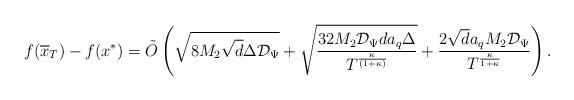
LaTeX: \begin{align*}f(\overline{x}_T) - f(x^*) =\tilde{O}\left( \sqrt{8M_2\sqrt{d}\Delta\mathcal{D}_\Psi} + \sqrt{\frac{32M_2\mathcal{D}_{\Psi}da_{q}\Delta }{T^{\frac{\kappa}{(1+\kappa)}}}} + \frac{2\sqrt{d} a_{q}M_2 \mathcal{D}_{\Psi} }{T^{\frac{\kappa}{1+\kappa}}}\right).\end{align*}